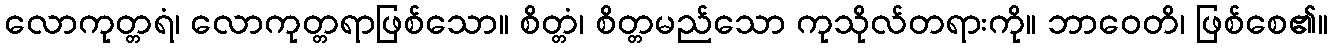
လောကုတ္တရံ၊ လောကုတ္တရာဖြစ်သော။ စိတ္တံ၊ စိတ္တမည်သော ကုသိုလ်တရားကို။ ဘာဝေတိ၊ ဖြစ်စေ၏။